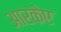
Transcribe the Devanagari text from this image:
आरकेए